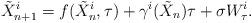
LaTeX: \begin{align*}\tilde X_{n+1}^i = f(\tilde X_n^i,\tau) + \gamma^i(\tilde X_n)\tau + \sigma W_\tau^i.\end{align*}